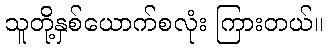
သူတို့နှစ်ယောက်စလုံး ကြားတယ်။